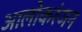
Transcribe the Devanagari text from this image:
आलोकरंजन